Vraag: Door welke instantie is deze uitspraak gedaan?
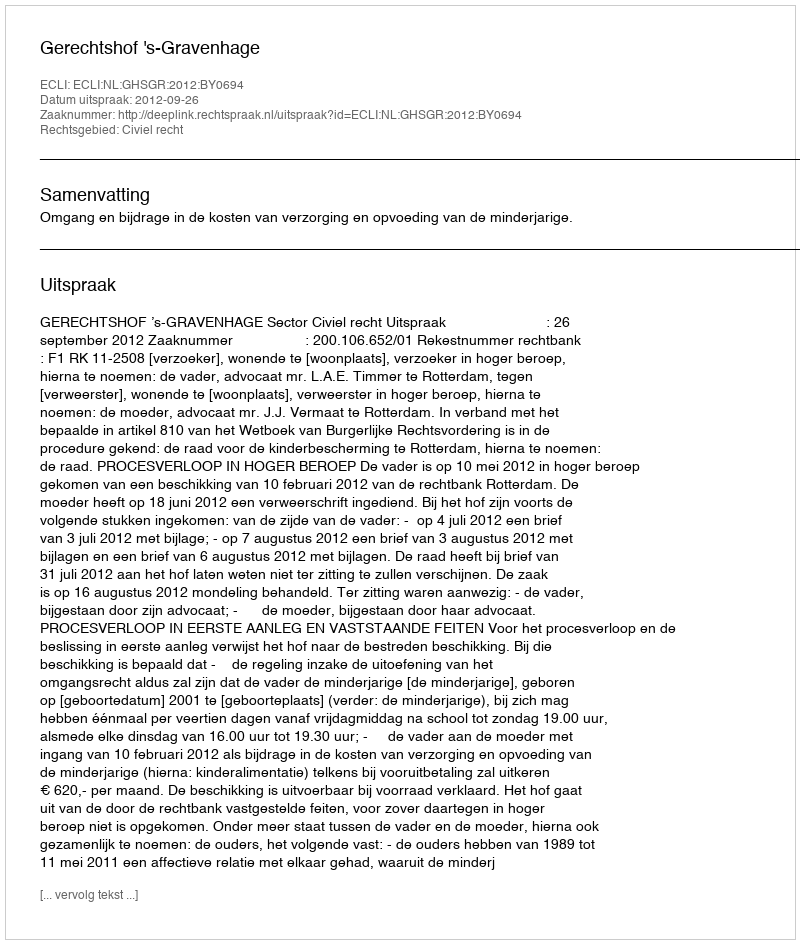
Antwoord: Gerechtshof 's-Gravenhage